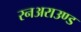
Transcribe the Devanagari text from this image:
रनअराउण्ड